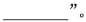
___”。